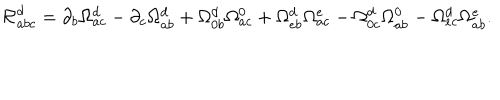
LaTeX: { \cal R } _ { a b c } ^ { d } = \partial _ { b } \Omega _ { a c } ^ { d } - \partial _ { c } \Omega _ { a b } ^ { d } + \Omega _ { 0 b } ^ { d } \Omega _ { a c } ^ { 0 } + \Omega _ { e b } ^ { d } \Omega _ { a c } ^ { e } - \Omega _ { 0 c } ^ { d } \Omega _ { a b } ^ { 0 } - \Omega _ { e c } ^ { d } \Omega _ { a b } ^ { e } .